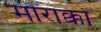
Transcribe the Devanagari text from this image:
मोराक्को